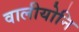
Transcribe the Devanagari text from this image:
वालीयोनि